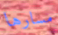
مسارها